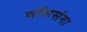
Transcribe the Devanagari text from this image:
वॉलसंगा